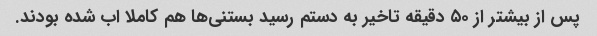
پس از بیشتر از ۵۰ دقیقه تاخیر به دستم رسید بستنی‌ها هم کاملا اب شده بودند.